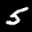
Label: 5